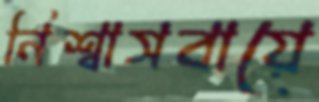
নিশ্বাসবায়ে